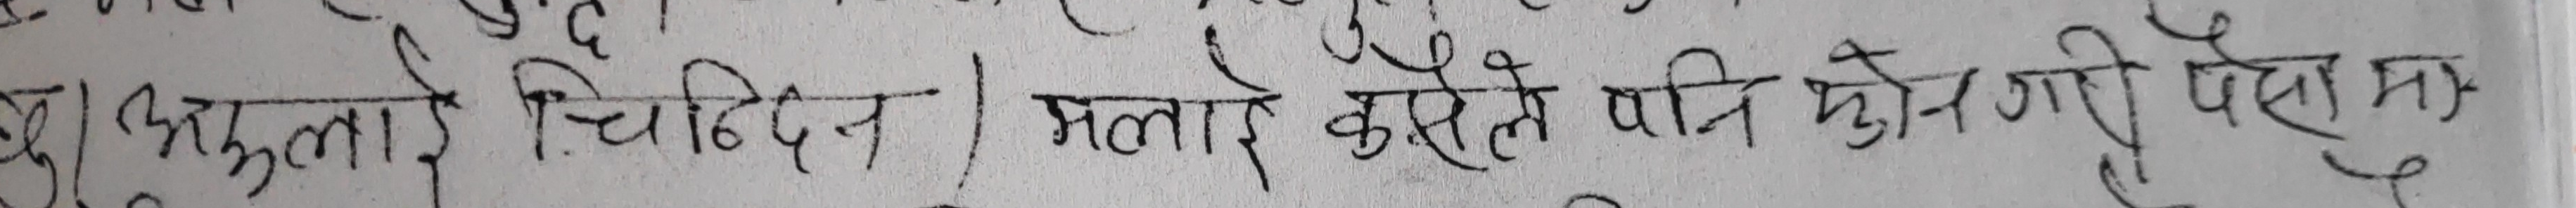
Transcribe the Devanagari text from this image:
बुझ्न [अरुलाई चिढिदैन ।] मलाई कसैले पनि भुल्न गारी पहिाउन